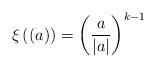
LaTeX: \begin{align*} \xi\left((a)\right) = \left(\frac{a}{|a|}\right)^{k-1}\end{align*}